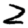
Digit: 2